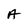
Character: A